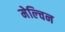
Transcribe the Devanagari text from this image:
मेल्चिन